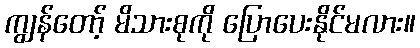
ကျွန်တော့် မိသားစုကို ပြောပေးနိုင်မလား။